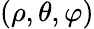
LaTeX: (\rho,\theta,\varphi)